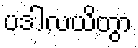
ပဒါလယိတွာ